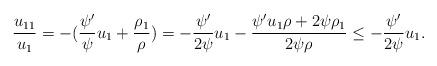
LaTeX: \begin{align*} \frac{{u_{11} }}{{u_1 }} = - (\frac{{\psi '}}{\psi }u_1 + \frac{{\rho _1 }}{\rho }) = - \frac{{\psi '}}{{2\psi }}u_1 - \frac{{\psi 'u_1 \rho + 2\psi \rho _1 }}{{2\psi \rho }} \le - \frac{{\psi '}}{{2\psi }}u_1.\end{align*}